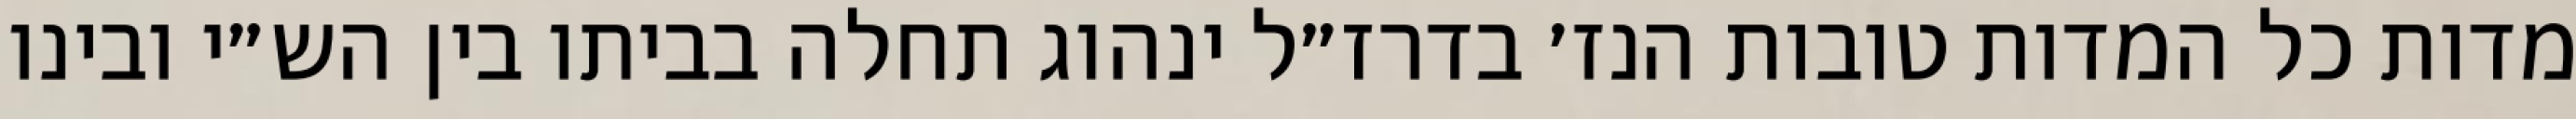
מדות כל המדות טובות הנז׳ בדרז״ל ינהוג תחלה בביתו בין הש״י ובינו